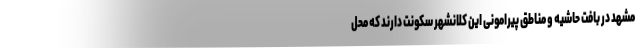
مشهد در بافت حاشیه و مناطق پیرامونی این کلانشهر سکونت دارند که محل